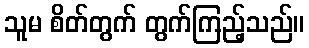
သူမ စိတ်တွက် တွက်ကြည့်သည်။